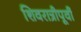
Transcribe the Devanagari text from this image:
शिवरात्रीपूर्वी